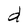
Character: d